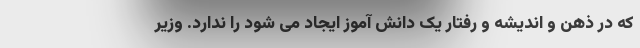
که در ذهن و اندیشه و رفتار یک دانش آموز ایجاد می شود را ندارد. وزیر